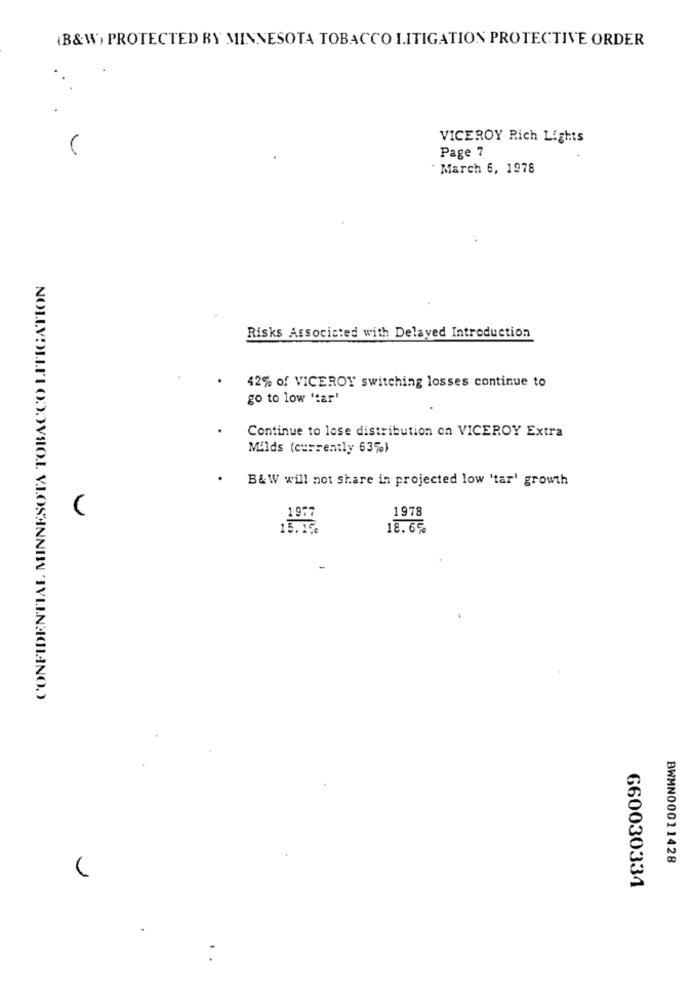
(B&W, PROTECTED BY MINNESOTA TOBACCO LITIGATION PROTECTIVE ORDER
.
VICEROY Rich Lights
Page 7
March 6, 1978
CONFIDENTIAL MINNESOTA TOBACCO LITIGATION
Risks Associated with Delayed Introduction
42% of VICEROY switching losses continue to
go to low 'tar'
Continue to lose distribution on VICEROY Extra
Milds (currently 63%)
B&W will not share in projected low 'tar' growth
1978
1977
15.15
18.6%
BWMN00011428
660030334